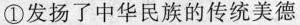
①发扬了中华民族的传统美德